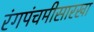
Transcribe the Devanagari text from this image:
रंगपंचमीसारखा